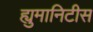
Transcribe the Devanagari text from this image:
ह्युमानिटीस